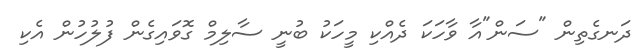
ދަނގެތިން "ސަން"އާ ވާހަކަ ދެއްކި މީހަކު ބުނީ ސާލިމް ގޮވައިގެން ފުލުހުން އެކި